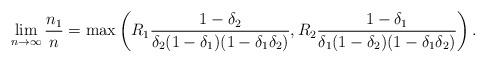
LaTeX: \begin{align*}\lim_{n\rightarrow\infty} \frac{n_1}{n} &=\max\left( R_1\frac{1-\delta_2}{\delta_2(1-\delta_1)(1-\delta_1\delta_2)},R_2\frac{1-\delta_1}{\delta_1(1-\delta_2)(1-\delta_1\delta_2)}\right).\end{align*}